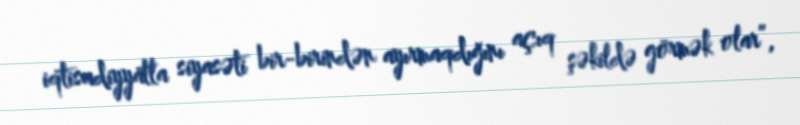
iqtisadiyyatla siyasəti bir-birindən ayırmaqdığını açıq şəkildə görmək olar”,